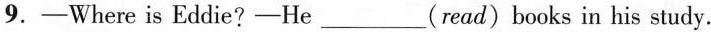
9.—Where is Eddie?-He___(read) books in his study.